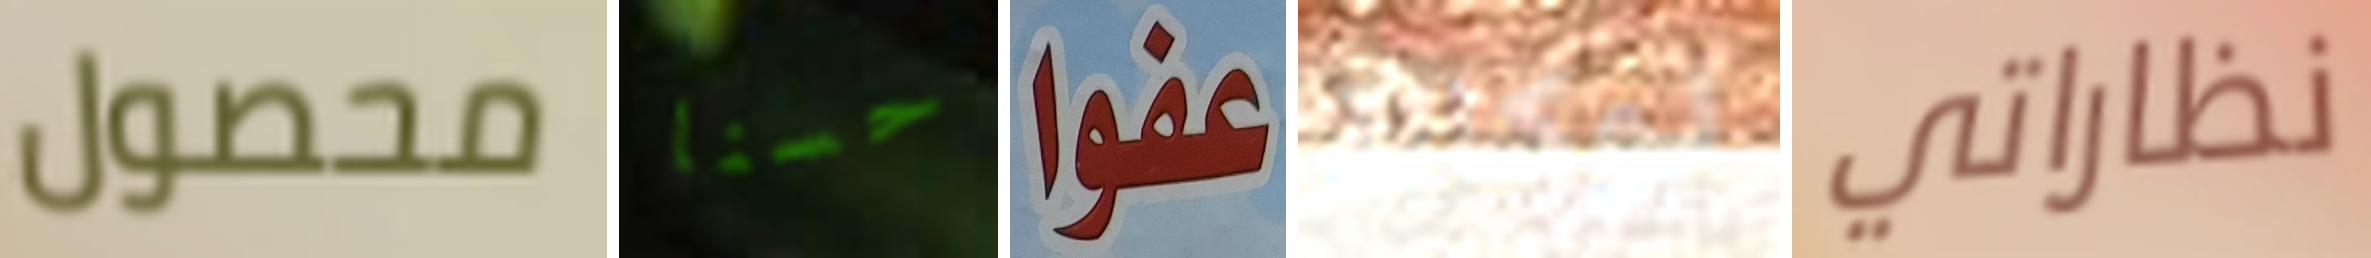
محصول حسنا عفوا لوكالة نظاراتي